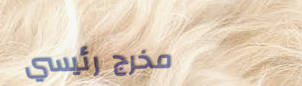
مخرج رئيسي